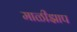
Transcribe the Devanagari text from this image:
माळीझाप